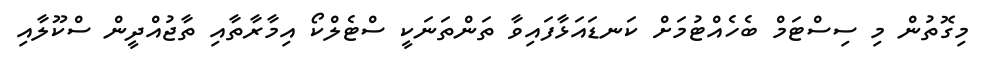
މިގޮތުން މި ސިސްޓަމް ބެހެއްޓުމަށް ކަނޑައަޅާފައިވާ ތަންތަނަކީ ސްޓެލްކޯ އިމާރާތާއި ތާޖުއްދީން ސްކޫލާއި